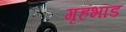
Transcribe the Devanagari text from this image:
गृहभांड